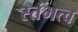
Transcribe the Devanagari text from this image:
स्तंभत्व